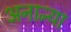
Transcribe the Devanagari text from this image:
अनान्या